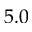
5 . 0